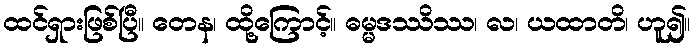
ထင်ရှားဖြစ်ပြီ။ တေန၊ ထို့ကြောင့်။ ဓမ္မဒဿိဿ၊ လ၊ ယထာတိ၊ ဟူ၍။